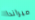
ميراندا